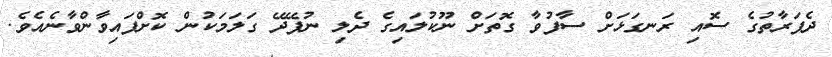
ދެފަރާތުގެ ސޮއި ރަނގަޅަށް ސާފުވާ ގޮތަށް ނޫކުލައިގެ ދެލި ނުފޭދޭ ގަލަމަކުން ކޮށްފައިވާންވާނެއެވެ.